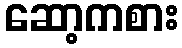
ဆော့ကစား